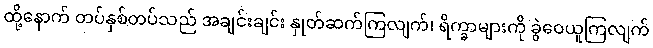
ထို့နောက် တပ်နှစ်တပ်သည် အချင်းချင်း နှုတ်ဆက်ကြလျက်၊ ရိက္ခာများကို ခွဲဝေယူကြလျက်